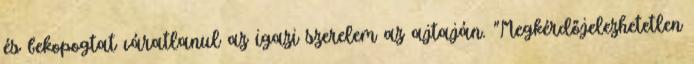
és bekopogtat váratlanul az igazi szerelem az ajtaján. "Megkérdőjelezhetetlen